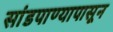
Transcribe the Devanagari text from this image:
सांडपाण्यापासून